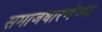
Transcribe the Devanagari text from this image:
समाजधारणेच्या